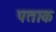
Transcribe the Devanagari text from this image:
पताक